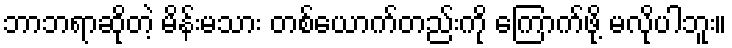
ဘာဘရာဆိုတဲ့ မိန်းမသား တစ်ယောက်တည်းကို ကြောက်ဖို့ မလိုပါဘူး။